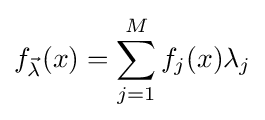
f_{\vec {\lambda }}(x)=\sum _{j=1}^{M}f_{j}(x)\lambda _{j}